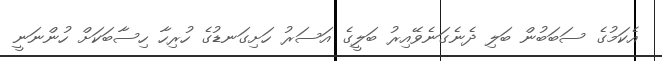
އެކަމުގެ ސަބަބުން ބަލި ދެނެގަނެވޭއިރު ބަލީގެ އަސަރު ހަށިގަނޑުގެ ހުރިހާ ހިސާބަކަށް ހުންނަނީ